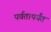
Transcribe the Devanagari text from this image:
पर्वतापर्यंत